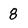
Character: 8